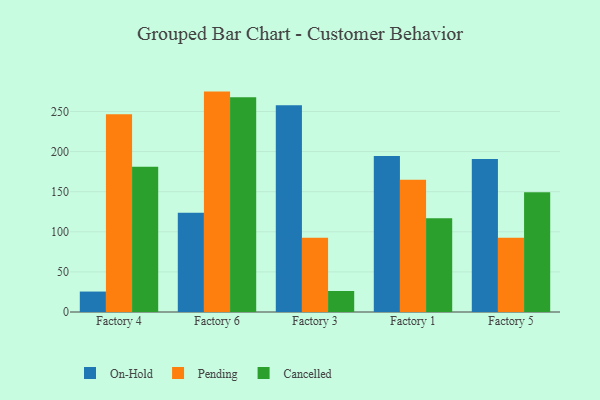
{"axis": {"x": "Factory", "y": "Demand Index"}, "legend": ["Cancelled", "On-Hold", "Pending"], "data": [{"x": "Factory 4", "y": 25.5, "type": "On-Hold"}, {"x": "Factory 4", "y": 246.6, "type": "Pending"}, {"x": "Factory 4", "y": 181.1, "type": "Cancelled"}, {"x": "Factory 6", "y": 123.7, "type": "On-Hold"}, {"x": "Factory 6", "y": 274.8, "type": "Pending"}, {"x": "Factory 6", "y": 267.9, "type": "Cancelled"}, {"x": "Factory 3", "y": 257.7, "type": "On-Hold"}, {"x": "Factory 3", "y": 92.7, "type": "Pending"}, {"x": "Factory 3", "y": 26.2, "type": "Cancelled"}, {"x": "Factory 1", "y": 194.4, "type": "On-Hold"}, {"x": "Factory 1", "y": 164.9, "type": "Pending"}, {"x": "Factory 1", "y": 116.9, "type": "Cancelled"}, {"x": "Factory 5", "y": 190.9, "type": "On-Hold"}, {"x": "Factory 5", "y": 92.5, "type": "Pending"}, {"x": "Factory 5", "y": 149.2, "type": "Cancelled"}]}